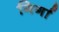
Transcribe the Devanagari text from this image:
गिर्गा